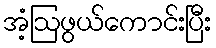
အံ့ဩဖွယ်ကောင်းပြီး